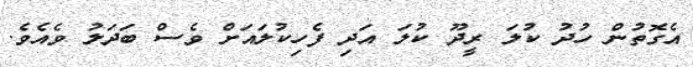
އެގޮތުން ހުދު ކުލަ ރީދޫ ކުލަ އަދި ފެހިކުލައަށް ވެސް ބަދަލު ވެއެވެ.